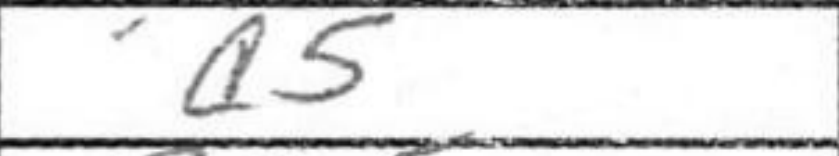
Transcription: a5